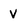
Character: v